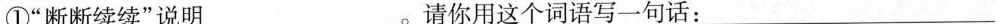
①“断断续续”说明___。。请你用这个词语写一句话：___